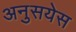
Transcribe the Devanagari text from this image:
अनुसयेस